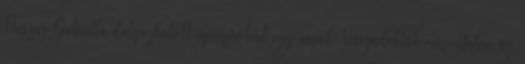
Huszár Gabriella dolgozhatott újságíróként egy napot Visszadobták másodfokra az